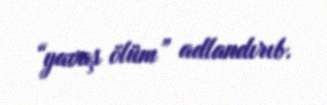
“yavaş ölüm” adlandırıb.